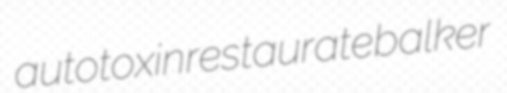
autotoxin restaurate balker